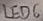
Text: LED6